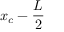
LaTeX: x _ { c } - { \frac { L } { 2 } }